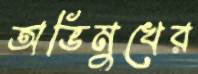
অভিমুখের